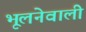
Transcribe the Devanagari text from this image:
भूलनेवाली